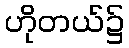
ဟိုတယ်၌